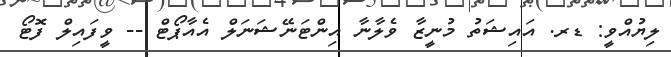
ލިޔުއްވީ: ޑރ. އައިޝަތު މުނީޒާ ވެލާނާ އިންޓަނޭޝަނަލް އެއާޕޯޓް -- ވީފައިލް ފޮޓޯ